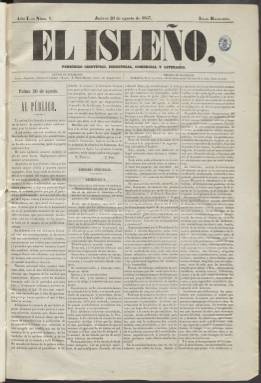
Título: El Isleño (Palma de Mallorca)
Otros títulos: Eco de las Baleares
Colección: Periódicos
Ámbito geográfico: Baleares
Lugar de publicación: Palma [de Mallorca]
Fechas: 20/08/1857-06/04/1867

Es uno de los principales diarios mallorquines de la segunda mitad del siglo XIX, junto al Diario de Palma, cabecera del impresor Felipe Guasp Barbieri. Si éste le dio a sus periódicos un carácter liberal-conservador, el también librero, impresor y editor de la prensa democrática balear Pedro José Gelabert Llabrés le dará a El Isleño un carácter progresista. Aparece su primer número el 20 de agosto de 1857, sustituyendo al también progresista El Genio de la libertad (1837), del que había sido, así mismo, impresor y propietario el citado Gelabert, y que había cesado previamente. Aparece con el subtítulo “periódico científico, industrial, comercial y literario”, en un formato de gran folio, en entregas, generalmente, de cuatro páginas, compuestas a cuatro columnas.

Bover (1862) y referencias posteriores dan como fecha de salida de este diario el 15 de agosto, que debe considerarse un error. La colección de la Biblioteca Nacional de España comprende desde su entrega número 133, correspondiente al uno de enero de 1858 –aunque con errata en la indicación del año, en su segundo año de edición, y cuando ya aparecía incluso los domingos–, y termina en el número 3.162, en su undécimo año de edición, correspondiente al seis de agosto de 1867, y reducido ya el subtítulo a “periódico de intereses materiales”, faltándole todo el año 1865. En su primer número ya aparecieron como colaboradores destacados representantes del republicanismo prematuro mallorquín, como Eusebi Pascual y Joaquim Fiol, y Pere Josep Gelabert Pol (1832-1884), hijo del propietario, como principal redactor y más adelante editor responsable.

Probablemente, a raíz del alzamiento carlista de San Carlos de la Rápita, y por orden de la Fiscalía de Imprenta de fecha 31 de marzo de 1860, El Isleño dejó de publicarse ese día y desde el dos de abril aparecerán en su lugar cuatro entregas de un nuevo título: El Eco de las Baleares, que lo hace con el mismo subtítulo, pero con secuencia numérica propia. De nuevo reaparece El Isleño el día seis del mismo mes y año, continuando su propia secuencia. En 1872 se verá también brevemente interrumpida su publicación.

En sus primeros años de vida y coincidiendo con el Quinquenio de la Unión Liberal (1858-1863), fue, sin embargo, órgano de este partido, para después pasar a la oposición, inclinándose claramente a favor del Partido Progresista (Ferrer Flórez: 1994). Especialmente tendrá esta tendencia en los años 1868-1872 del Sexenio Democrático, iniciando posteriormente una deriva hacia el conservadurismo (Checa Godoy: 2006), hasta su desaparición definitiva, que algunas referencias indican el 31 de diciembre de 1898, y otras, la amplían hasta 1899.

Al final de cada año estuvo distribuyendo a sus suscriptores un Almanaque, en el que escribieron, además de los dos ya citados, otros representantes del republicanismo balear, como Miquel Quetglas o Antoni Marroig. Los principales escritores mallorquines de las distintas épocas colaboraron en este diario de larga vida (Gregori Mir: 1975), y tras el fallecimiento, en 1866, de su fundador, a la edad de 68 años, se hizo cargo de la dirección del periódico y de la empresa familiar su hijo, el citado Pere Josep Gelabert Pol. Entre sus redactores se encontraron Joan B. Ensenyant, Enrique Alzamora, Guillem Sampol y Miguel de los Santos Oliver (Gómez Aparicio: 1971); y entre sus colaboradores, también Jerónimo y Alexandre Roselló, Miquel I. Oliver, Pedro A. Penya, Bernat Calvet o Pere Ferrer. Fue escrito en castellano.

Continuó siendo propiedad de la misma familia –después como Imprenta de la Viuda e Hijos de P. Gelabert, que siempre emplearía los mismos y “excelentes y numerosos tipos” –, siendo Joan Gelabert Crespi el último editor de la saga, hasta el 15 de junio de 1897, pasando seguidamente a manos de otros. Así, a partir del 16 de junio de ese año (número 1.308) será estampado por la Imprenta de las Hijas de Coloma, y desde el 15 de noviembre (número 1.320), por la de Rubí y Monserrat (Albero Maestre: 2007).